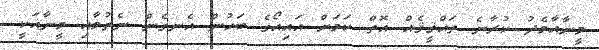
މީނާއާމެދު ކުރާނެ ތަޙްޤީޤެއް އޮތް ކަމަށް އައިއޯގެ ބަހުން އެނގެން ނެތުމާއި މީނާއަކީ